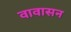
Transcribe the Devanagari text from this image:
वावासन